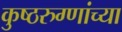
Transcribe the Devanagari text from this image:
कुष्ठरुग्णांच्या